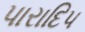
પારાદિપ